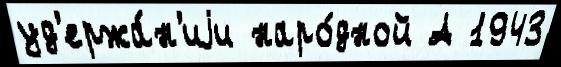
уд'ержа́н'иjи наро́дной А 1943